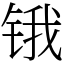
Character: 锇